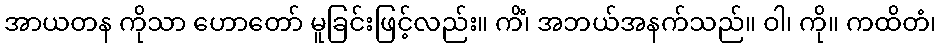
အာယတန ကိုသာ ဟောတော် မူခြင်းဖြင့်လည်း။ ကိံ၊ အဘယ်အနက်သည်။ ဝါ၊ ကို။ ကထိတံ၊